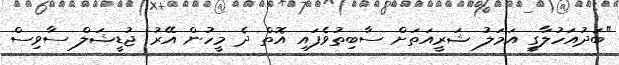
"ބަދުއަހުލާގީ އަމަލު ޝަރީއަތަށް ސާބިތުވެފައި އޮތް ދެ މީހުން އޭރު ޖުޑީޝަލް ސާވިސް